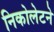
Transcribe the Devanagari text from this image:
निकोलेटने